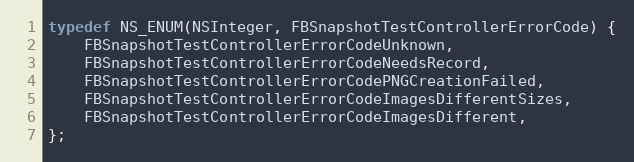
Language: C
typedef NS_ENUM(NSInteger, FBSnapshotTestControllerErrorCode) {
    FBSnapshotTestControllerErrorCodeUnknown,
    FBSnapshotTestControllerErrorCodeNeedsRecord,
    FBSnapshotTestControllerErrorCodePNGCreationFailed,
    FBSnapshotTestControllerErrorCodeImagesDifferentSizes,
    FBSnapshotTestControllerErrorCodeImagesDifferent,
};